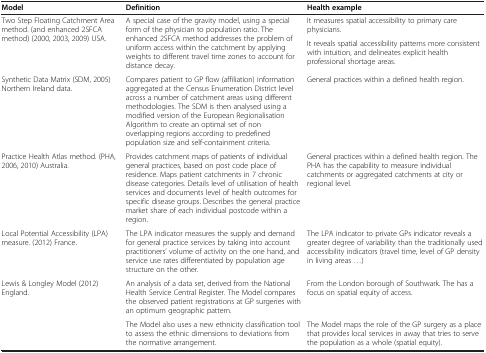
<table><thead><tr><td><b>Model</b></td><td><b>Definition</b></td><td><b>Health example</b></td></tr></thead><tbody><tr><td rowspan="2">Two Step Floating Catchment Area method. (and enhanced 2SFCA method) (2000, 2003, 2009) USA.</td><td rowspan="2">A special case of the gravity model, using a special form of the physician to population ratio. The enhanced 2SFCA method addresses the problem of uniform access within the catchment by applying weights to different travel time zones to account for distance decay.</td><td>It measures spatial accessibility to primary care physicians.</td></tr><tr><td>It reveals spatial accessibility patterns more consistent with intuition, and delineates explicit health professional shortage areas.</td></tr><tr><td>Synthetic Data Matrix (SDM, 2005) Northern Ireland data.</td><td>Compares patient to GP flow (affiliation) information aggregated at the Census Enumeration District level across a number of catchment areas using different methodologies. The SDM is then analysed using a modified version of the European Regionalisation Algorithm to create an optimal set of non overlapping regions according to predefined population size and self-containment criteria.</td><td>General practices within a defined health region.</td></tr><tr><td>Practice Health Atlas method. (PHA, 2006, 2010) Australia.</td><td>Provides catchment maps of patients of individual general practices, based on post code place of residence. Maps patient catchments in 7 chronic disease categories. Details level of utilisation of health services and documents level of health outcomes for specific disease groups. Describes the general practice market share of each individual postcode within a region.</td><td>General practices within a defined health region. The PHA has the capability to measure individual catchments or aggregated catchments at city or regional level.</td></tr><tr><td>Local Potential Accessibility (LPA) measure. (2012) France.</td><td>The LPA indicator measures the supply and demand for general practice services by taking into account practitioners’ volume of activity on the one hand, and service use rates differentiated by population age structure on the other.</td><td>The LPA indicator to private GPs indicator reveals a greater degree of variability than the traditionally used accessibility indicators (travel time, level of GP density in living areas ...)</td></tr><tr><td rowspan="2">Lewis &amp; Longley Model (2012) England.</td><td>An analysis of a data set, derived from the National Health Service Central Register. The Model compares the observed patient registrations at GP surgeries with an optimum geographic pattern.</td><td>From the London borough of Southwark. The has a focus on spatial equity of access.</td></tr><tr><td>The Model also uses a new ethnicity classification tool to assess the ethnic dimensions to deviations from the normative arrangement.</td><td>The Model maps the role of the GP surgery as a place that provides local services in away that tries to serve the population as a whole (spatial equity).</td></tr></tbody></table>